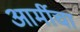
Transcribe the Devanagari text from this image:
आर्मीचा